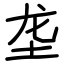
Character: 垄